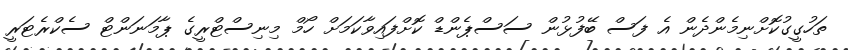
ތަހުގީގުކޮށްނިމެންދެން އެ ފަސް ބޭފުޅުން ސަސްޕެންޑް ކޮށްފައިވާކަމަށް ހޯމް މިނިސްޓްރީގެ ޕާމަނަންޓް ސެކްރެޓަރީ